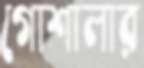
গোশালার